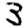
Digit: 3